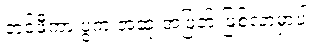
ဘင်ဖီကာ ပွဲက အဆုံးအဖြတ် ဖြစ်လာမှာပါ။